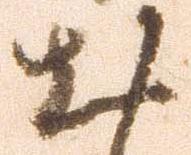
出